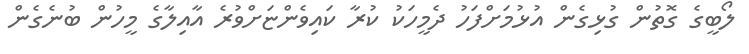
ލޯބީގެ ގޮތުން ގުޅިގެން އުޅުމަށްފަހު ދެމީހަކު ކުރާ ކައިވެންޏަށްވުރެ އާއިލާގެ މީހުން ބުނެގެން